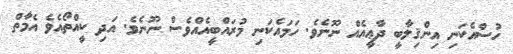
ހުސްއެކަނި އިންޤިލާބީ ދާޢީއެއް ނޫނެވެ. ހަމައެކަނި މުރައްބީއެއްވެސް ނޫނެވެ. އަދި ކީއްތޯއެވެ އެމާތް